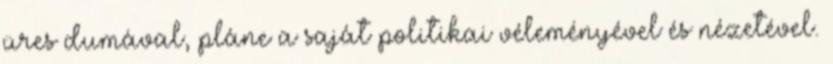
üres dumával, pláne a saját politikai véleményével és nézetével.